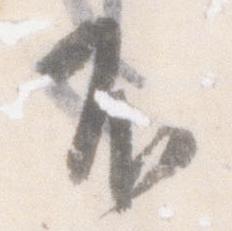
不